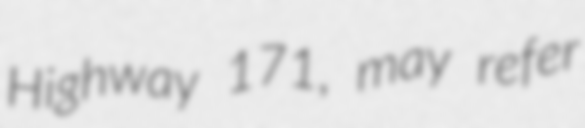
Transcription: Highway 171, may refer